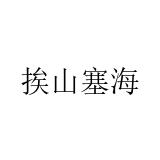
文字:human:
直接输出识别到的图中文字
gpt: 挨山塞海